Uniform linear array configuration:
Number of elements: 48
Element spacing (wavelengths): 1
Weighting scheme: cosine
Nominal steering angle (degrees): -60
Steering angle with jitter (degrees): -61.937
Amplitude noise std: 0.05
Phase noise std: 0.05

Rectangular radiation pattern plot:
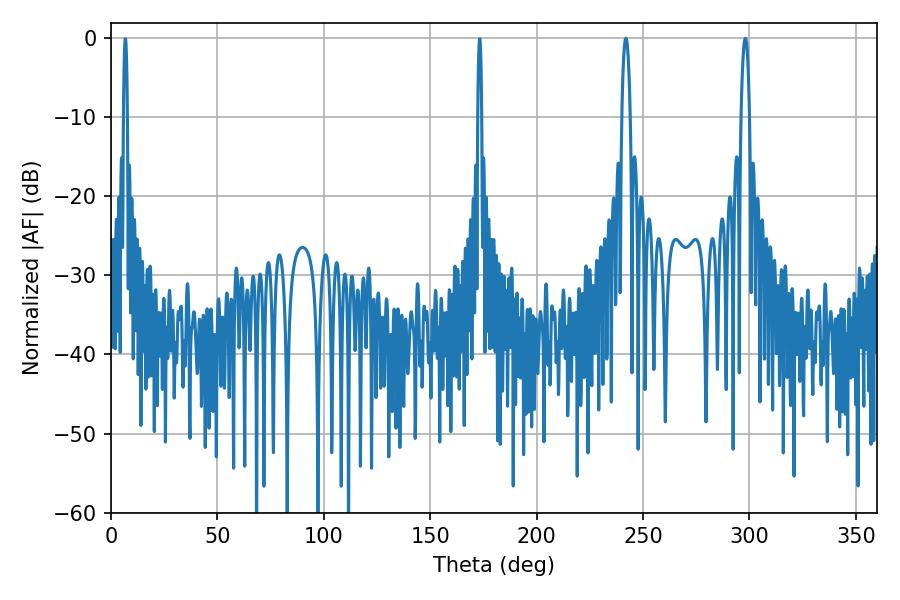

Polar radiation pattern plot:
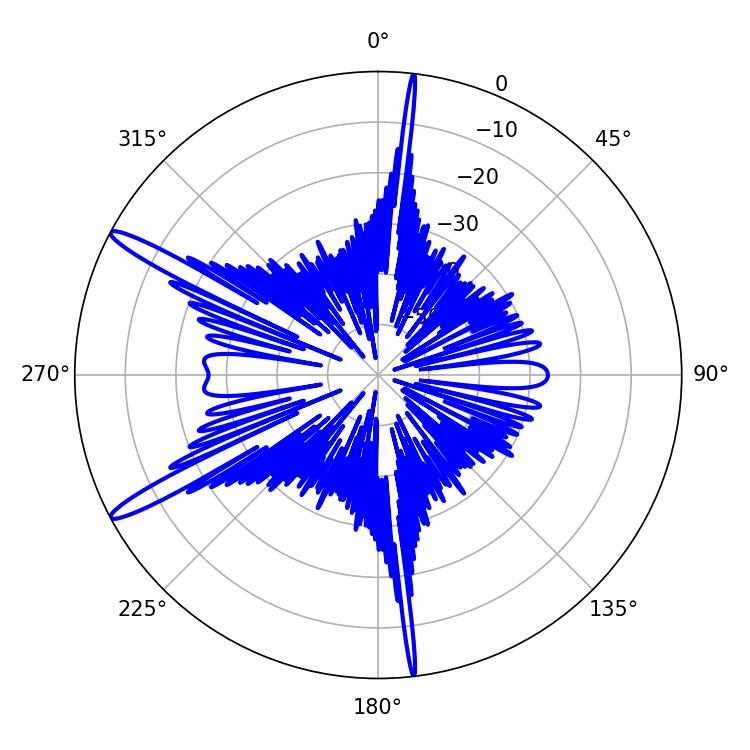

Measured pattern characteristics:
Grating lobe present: TRUE
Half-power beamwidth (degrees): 2.16
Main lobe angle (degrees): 241.92